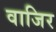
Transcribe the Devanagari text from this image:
वाजिर